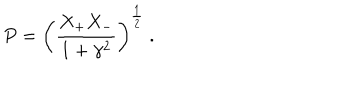
P = \left( \frac { X _ { + } X _ { - } } { 1 + \gamma ^ { 2 } } \right) ^ { \frac { 1 } { 2 } } \ .